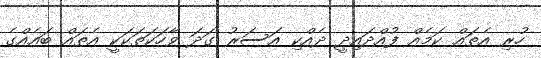
ހުރި އެތައް ކަމެއް ފުއްދައިދީ ދެއްކި އަސަރު ގަދަ ވާހަކަތަކަކީ އެތައް ބައެއްގެ